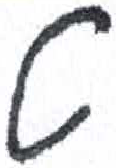
אות: ט